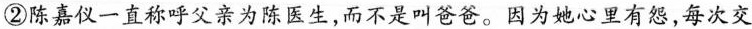
②陈嘉仪一直称呼父亲为陈医生。而不是叫爸爸。因为地心里有，每次交